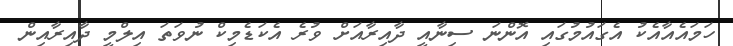
ހަމައެއާއެކު އެގައުމުގައި އޮންނަ ސިނާއީ ދާއިރާއަށް ވުރެ އެކަޑެމިކް ނުވަތަ އިލްމީ ދާއިރާއިން